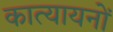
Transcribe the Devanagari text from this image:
कात्यायनों